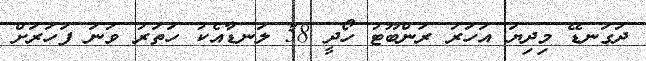
ދަގަނޑޭ މިދިޔަ އަހަރު ރަންބޫޓު ހޯދީ 58 ލަނޑާއެކު ހަތަރު ވަނަ ފަހަރަށް